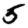
Digit: 5